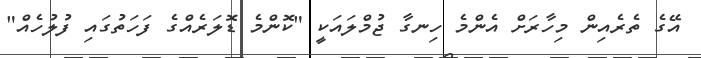
އޭގެ ތެރެއިން މިހާރަށް އެންމެ ހިނގާ ޖުމްލައަކީ "ކޮންމެ ޑޮލަރެއްގެ ފަހަތުގައި ފުލުހެއް"